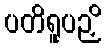
ပတိရူပဉှိ